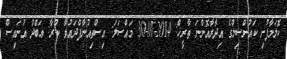
ކޮލަމާފުށި ކައުންސިލްގެ އިދާރާއޮންނަ ތާރީޚް: 2014-01-30 މައްސަލަ: އިސްތިއުނާފްދައުވާ ކުރާ: ޢަބްދު އުނައިސް